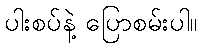
ပါးစပ်နဲ့ ပြောစမ်းပါ။